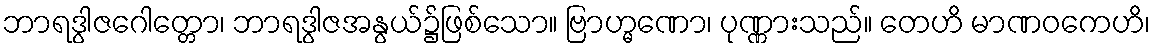
ဘာရဒွါဇဂေါတ္တော၊ ဘာရဒွါဇအနွယ်၌ဖြစ်သော။ ဗြာဟ္မဏော၊ ပုဏ္ဏားသည်။ တေဟိ မာဏဝကေဟိ၊